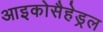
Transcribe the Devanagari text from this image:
आइकोसैहेड्रल